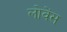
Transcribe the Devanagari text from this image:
लोवेंस